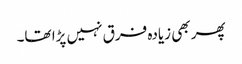
پھر بھی زیادہ فرق نہیں پڑا تھا۔